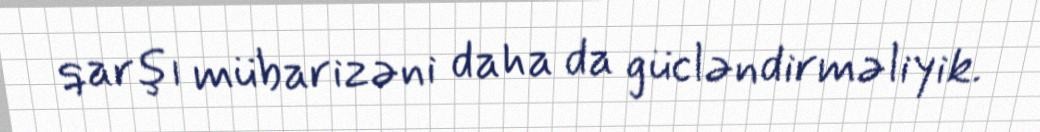
qarşı mübarizəni daha da gücləndirməliyik.